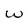
Character: w